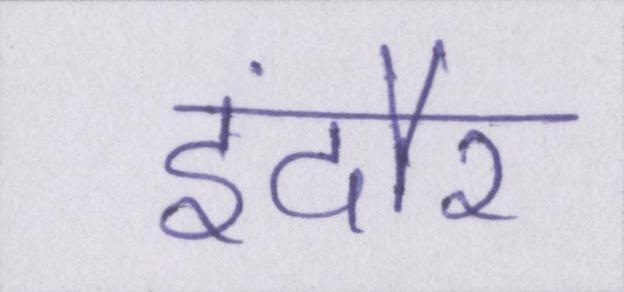
इंदौर